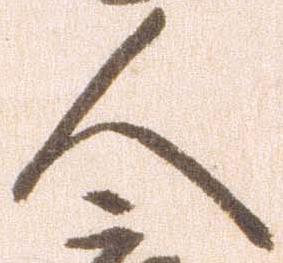
人